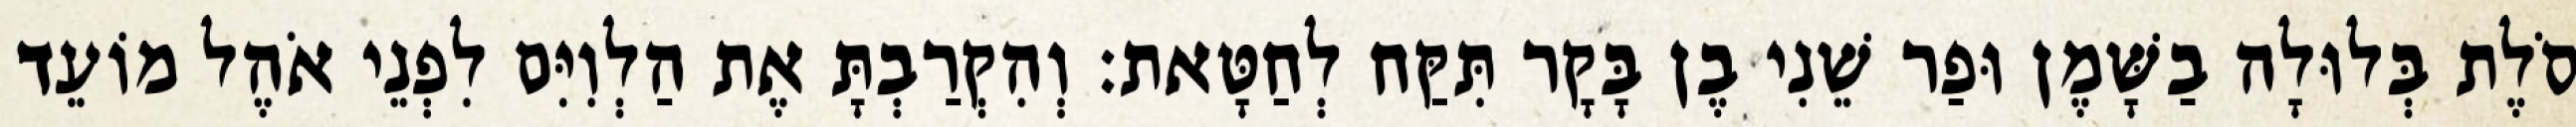
סֹלֶת בְּלוּלָה בַשָּׁמֶן וּפַר שֵׁנִי בֶן בָּקָר תִּקַּח לְחַטָּאת׃ וְהִקְרַבְתָּ אֶת הַלְוִיִּם לִפְנֵי אֹהֶל מוֹעֵד